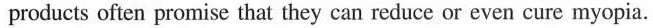
products often promise that they can reduce or even cure myopia.